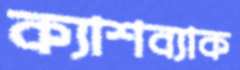
ক্যাশব্যাক